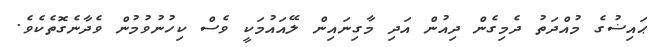
ޙައިޟުގެ މުއްދަތު ދެމިގެން ދިއުން އަދި މާގިނައިން ލޭއައުމަކީ ވެސް ކިހުނުވުމުން ވެދާނެގޮތެކެވެ.